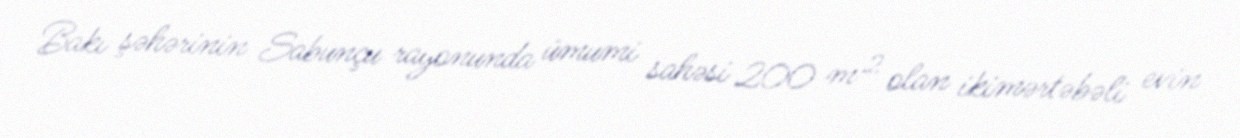
Bakı şəhərinin Sabunçu rayonunda ümumi sahəsi 200 m² olan ikimərtəbəli evin